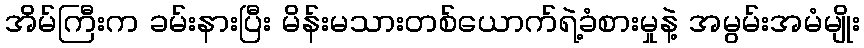
အိမ်ကြီးက ခမ်းနားပြီး မိန်းမသားတစ်ယောက်ရဲ့ခံစားမှုနဲ့ အမွမ်းအမံမျိုး